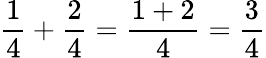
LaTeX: {\frac{1}{4}}+{\frac{2}{4}}={\frac{1+2}{4}}={\frac{3}{4}}